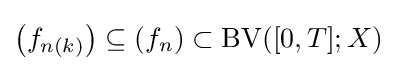
\left(f_{n(k)}\right)\subseteq (f_{n})\subset \mathrm {BV} ([0,T];X)